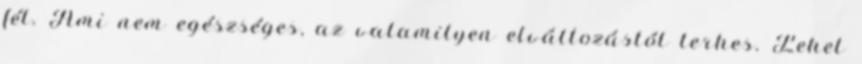
fél. Ami nem egészséges, az valamilyen elváltozástól terhes. Lehet